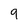
Character: 9